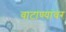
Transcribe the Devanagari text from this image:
वाटाण्यांवर